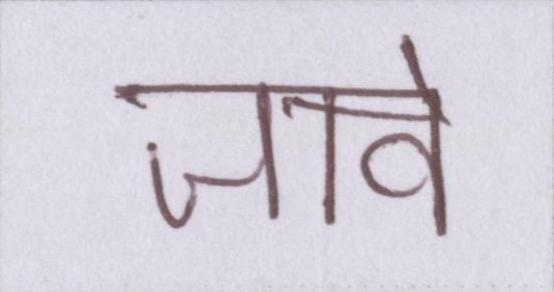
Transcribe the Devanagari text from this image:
जावे